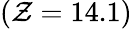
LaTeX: (\mathcal{Z}=14.1)